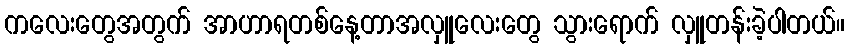
ကလေးတွေအတွက် အာဟာရတစ်နေ့တာအလှူလေးတွေ သွားရောက် လှူတန်းခဲ့ပါတယ်။